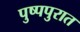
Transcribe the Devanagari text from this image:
पुष्पपुरात